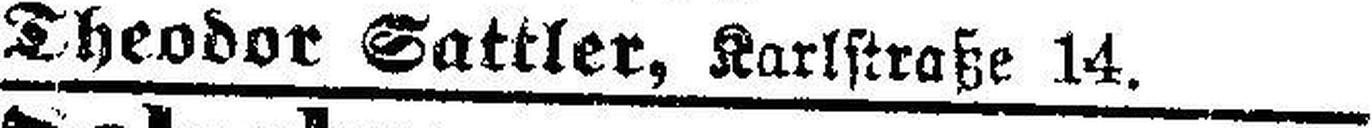
Theodor Sattler, Karlstraße 14.